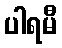
ပါရမီ